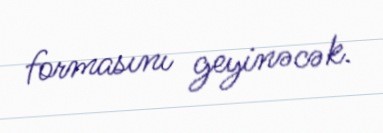
formasını geyinəcək.